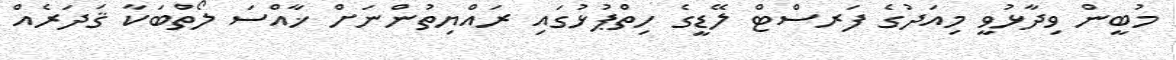
މުބީން ވިދާޅުވީ މިއަދުގެ ފަރސްޓް ލޭޑީގެ ހިތްޕުޅުގައި ރައްޔިތުންނަށް ޚާއްސަ ލޯތްބަކާ ޤަދަރެއް